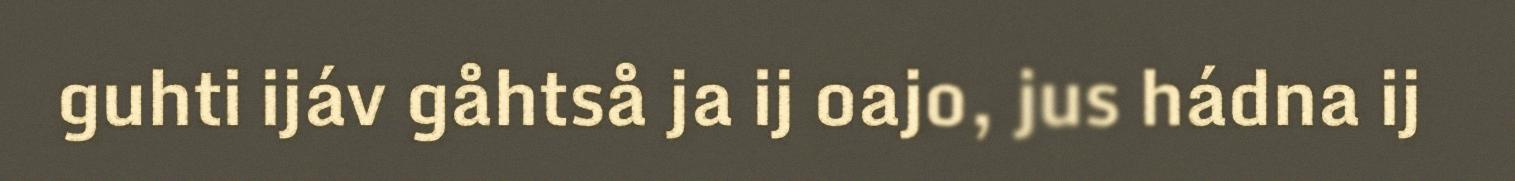
guhti ijáv gåhtså ja ij oajo, jus hádna ij